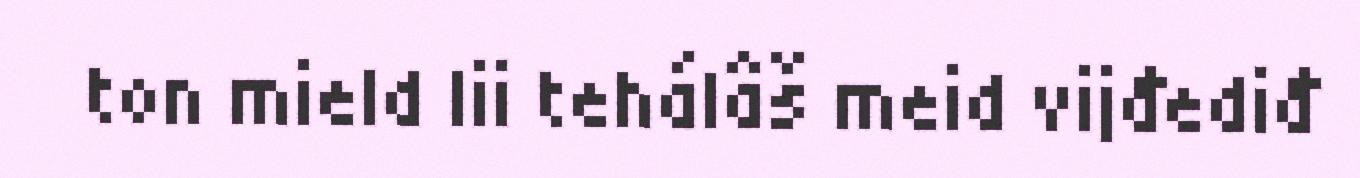
ton mield lii tehálâš meid vijđediđ